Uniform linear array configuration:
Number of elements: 8
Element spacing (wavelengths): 1
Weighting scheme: uniform
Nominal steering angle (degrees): -30
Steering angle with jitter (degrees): -31.773
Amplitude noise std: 0.05
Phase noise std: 0.05

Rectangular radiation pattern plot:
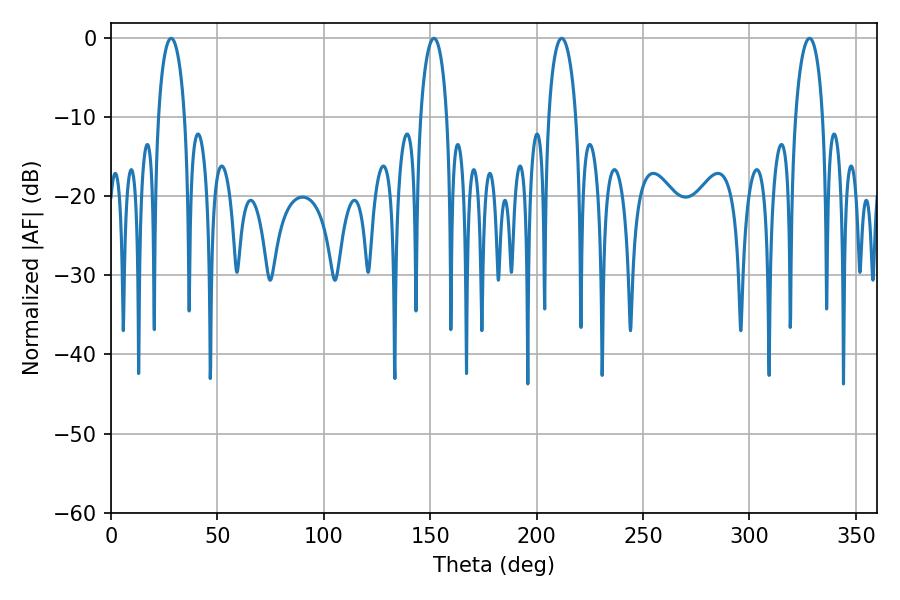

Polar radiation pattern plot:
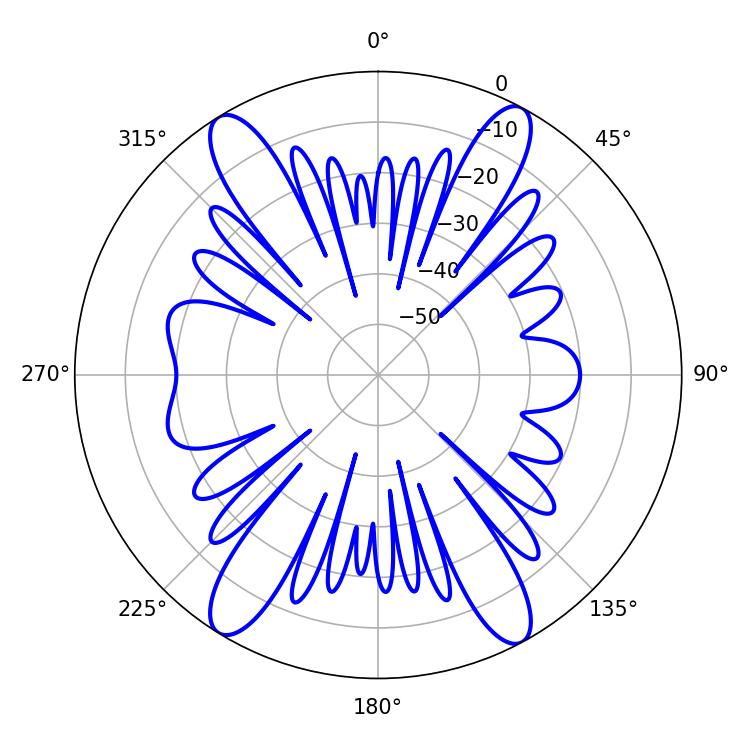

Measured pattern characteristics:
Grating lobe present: TRUE
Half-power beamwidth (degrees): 7.02
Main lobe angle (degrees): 28.26